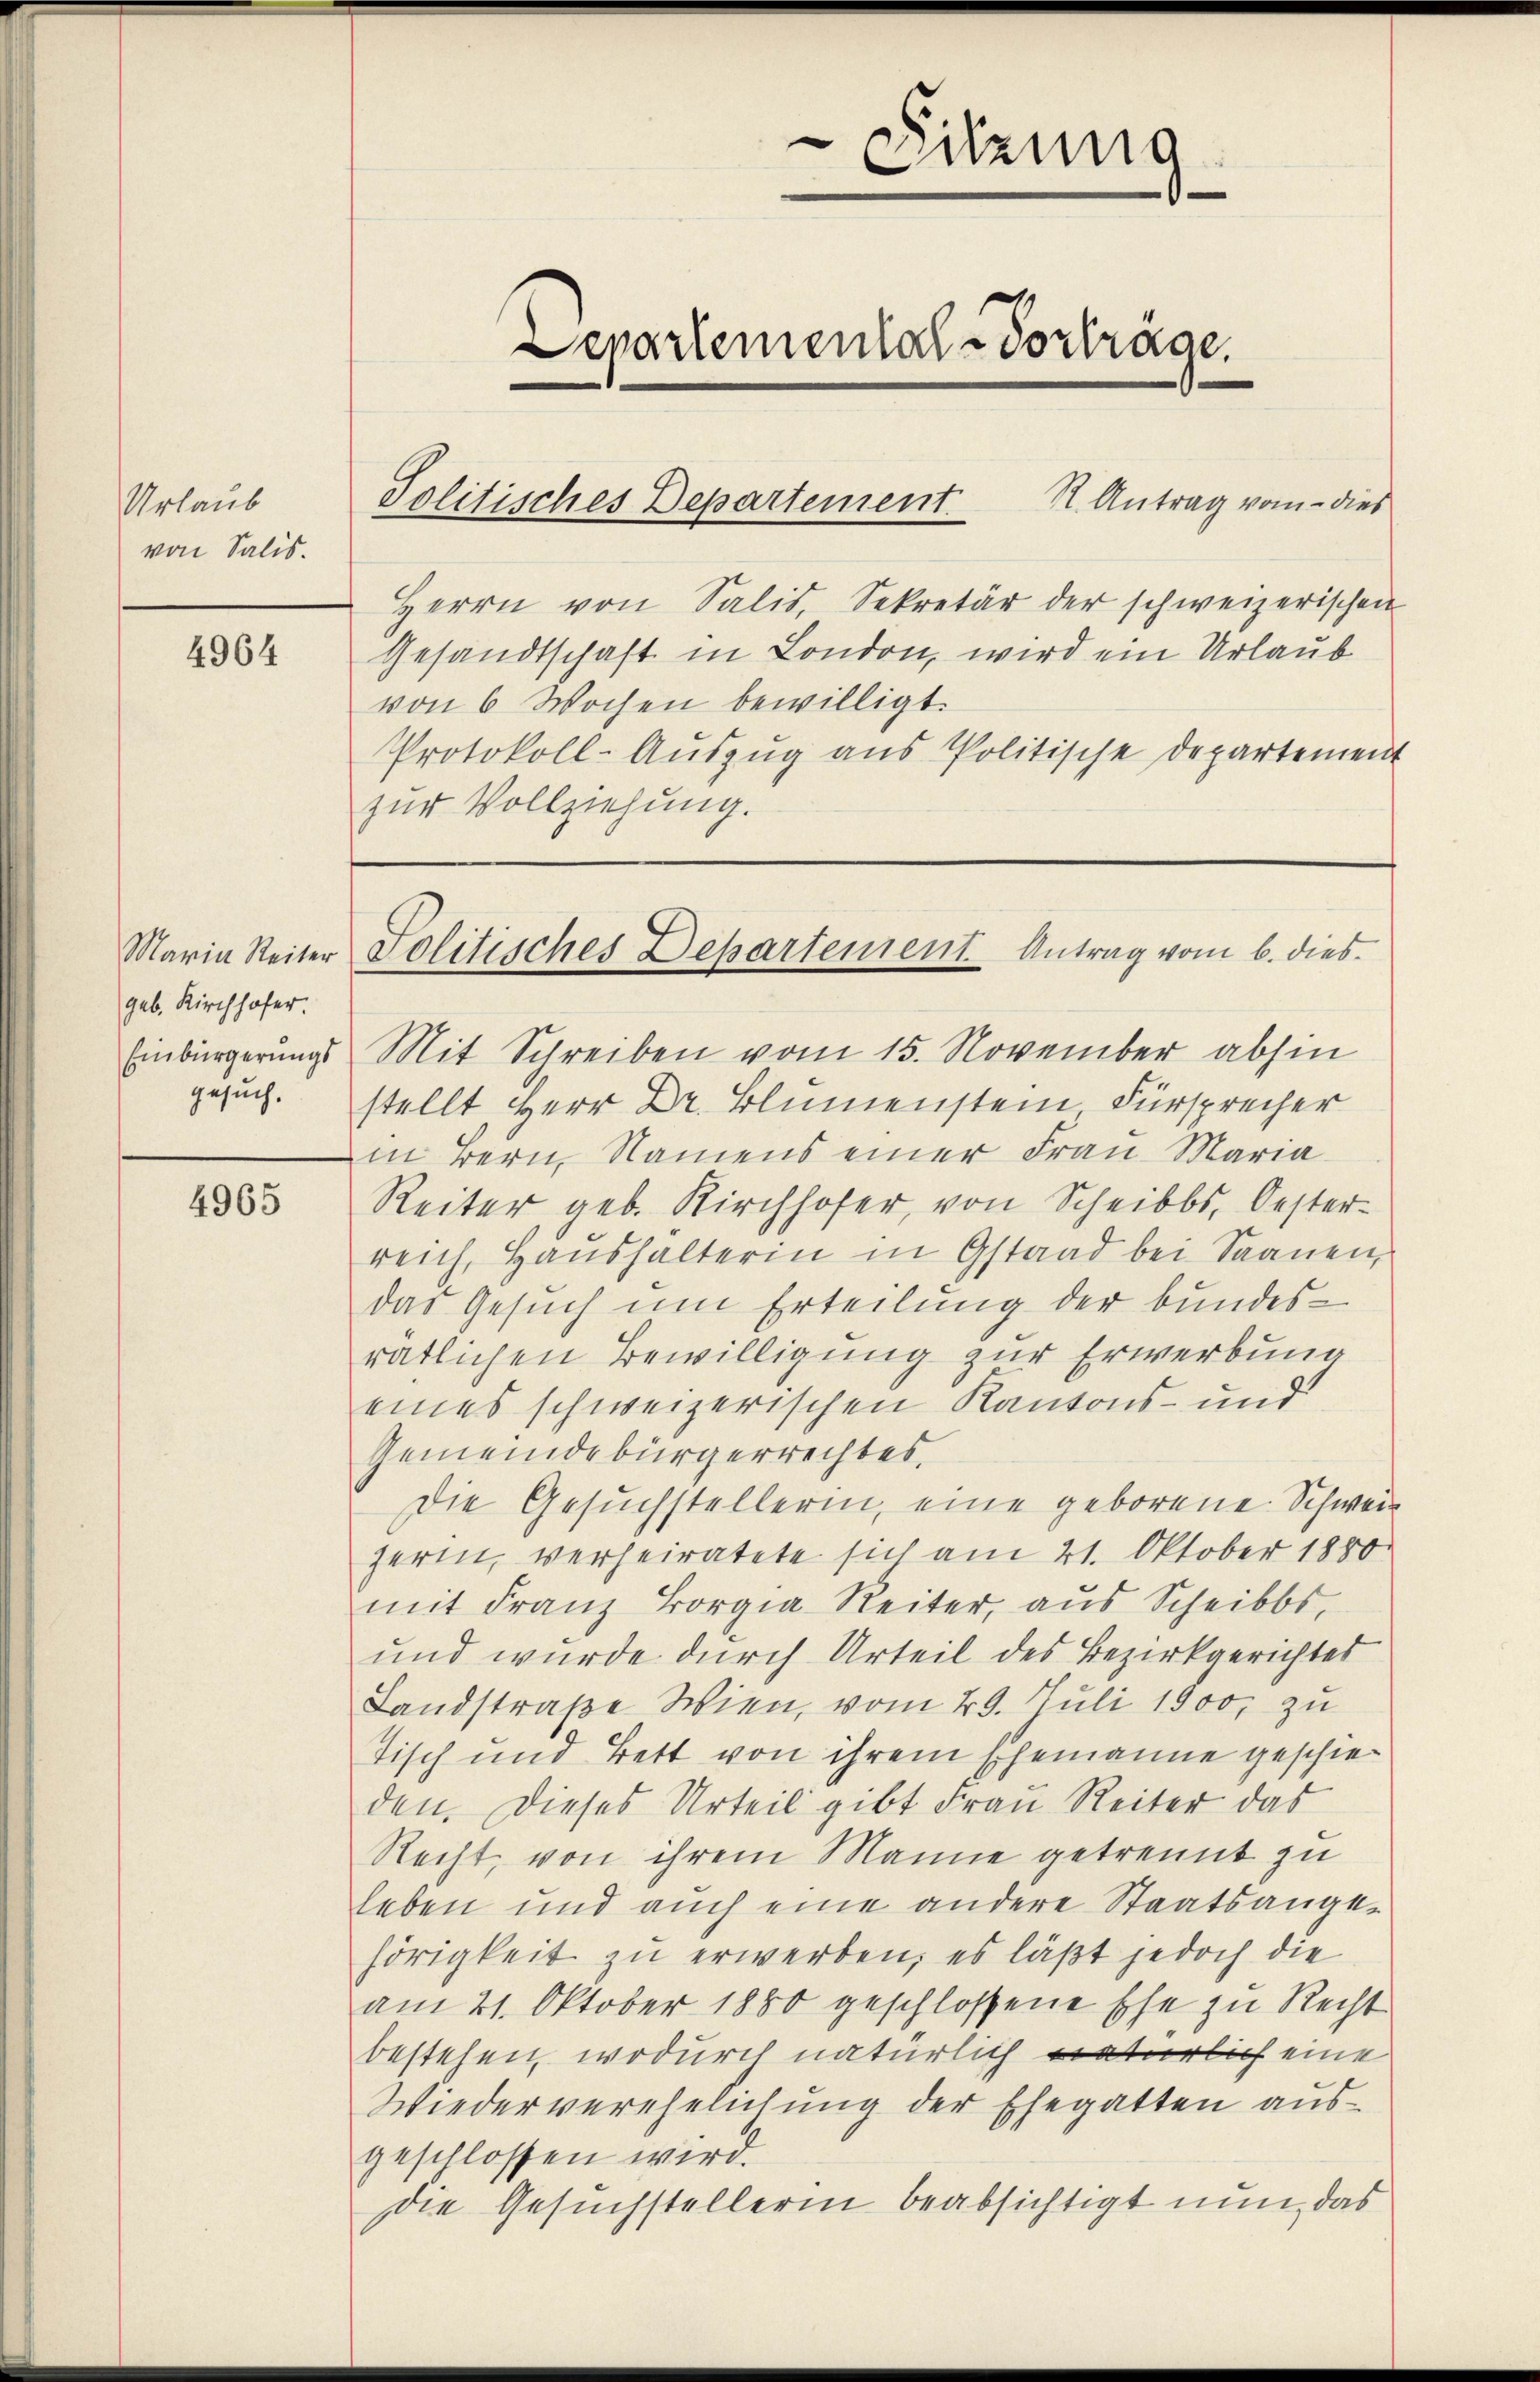
Urlaub
von Salis.

4964

Maria Reiter
geb. Kirchhofer.
Einbürgerungs
gesuch.

4965

Herrn von Salis, Sekretär der schweizerischen
Gesandtschaft in London, wird ein Urlaub
von 6 Wochen bewilligt.
Protokoll-Aŭszŭg ans Politische Departement
zur Vollziehung.

Sitzung
Departemental-Vortrage.
R. Antrag vom dies
Politisches Departement

Mit Schreiben vom 15. November abhin
p
in Bern, Namens einer Frau Maria
Reiter, geb. Kirchhofer, von Scheib. Oesterreich, Haushalterin in Gstaad bei Saanen,
das Gesuch um Erteilung der bundesratlichen Bewilligung zur Erwerbung
eines schweizerischen Kantons- und
Gemeindebürgerrechtes,
Die Gesuchstellerin, eine geborene Schweiherin, verheiratete sich am 21. Oktober 1880
mit Franz Borgia Reiter, aus Scheibbs
und wurde durch Urteil des Bezirkgerichtes
Landstraße Wien, vom 29. Juli 1900, zu
Tisch und Bett von ihrem Ehemanne geschieden. Dieses Urteil gibt Frau Reiter das
Recht, von ihrem Manne getrennt zu
heben und auch eine andere Staatsange-
hörigkeit zu erwerben; es läßt jedoch die
am 21. Oktober 1880 geschlossene Ehe zu Recht
bestehen, wodurch natürlich natürlich eine
Wiederverehelichung der Ehegatten ausgeschlossen wird.
Die Gesuchstellerin beabsichtigt nun, das

Politisches Departement Antrag vom 6. dies